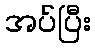
အပ်ပြီး